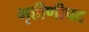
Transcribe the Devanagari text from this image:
गृहीणीपद